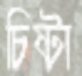
চিষ্টা